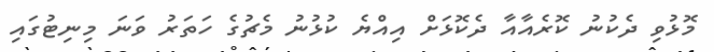
މޮޅުވި ދެކުނު ކޮރެއާއާ ދެކޮޅަށް އިއްޔެ ކުޅުނު މެޗުގެ ހަތަރު ވަނަ މިނިޓުގައި